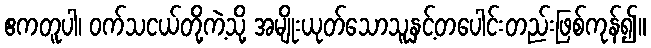
ဧကတူပါ၊ ဝက်သငယ်တို့ကဲ့သို့ အမျိုးယုတ်သောသူနှင့်တပေါင်းတည်းဖြစ်ကုန်၍။